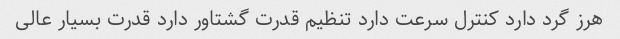
هرز گرد دارد کنترل سرعت دارد تنظیم قدرت گشتاور دارد قدرت بسیار عالی